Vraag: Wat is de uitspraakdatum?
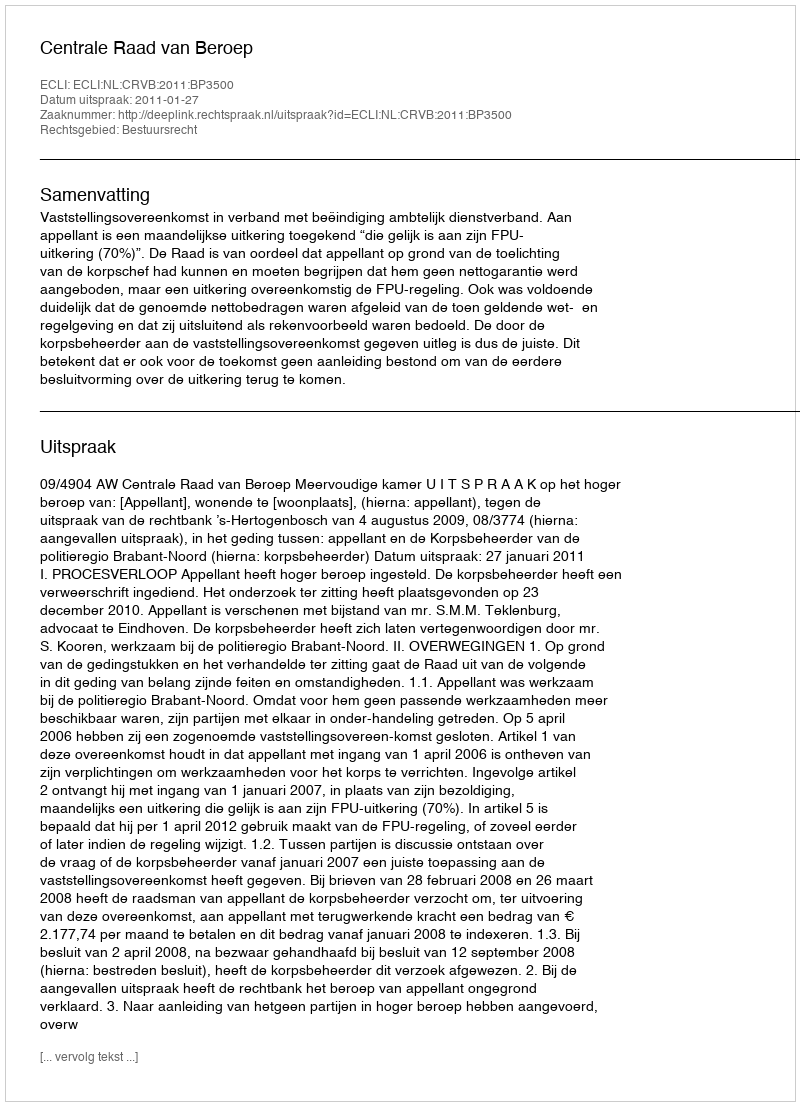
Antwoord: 2011-01-27